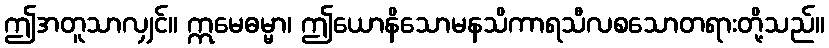
ဤအတူသာလျှင်။ ဣမေဓမ္မာ၊ ဤယောနိသောမနသိကာရသီလစသောတရားတို့သည်။